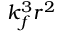
k _ { f } ^ { 3 } r ^ { 2 }